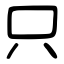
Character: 只